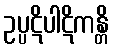
ဥပ္ပဋိပါဋိကန္တိ